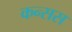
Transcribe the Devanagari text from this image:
कन्सस